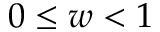
0 \leq w < 1